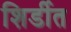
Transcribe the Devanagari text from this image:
शिर्डीत